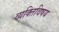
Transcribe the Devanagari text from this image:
व्यक्तिविषय